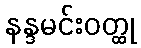
နန္ဒမင်းဝတ္ထု